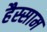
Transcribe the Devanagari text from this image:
हैस्साम